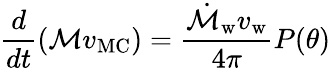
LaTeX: \frac{d}{dt}(\mathcal{M}v_{\mathrm{MC}})=\frac{\dot{\mathcal{M}}_{\mathrm{w}}v_{\mathrm{w}}}{4\pi}P(\theta)